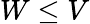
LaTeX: W\le V